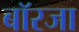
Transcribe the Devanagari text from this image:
बॉरजा